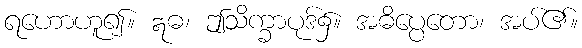
ရဟောဟူ၍။ ဣဓ၊ ဤသိက္ခာပုဒ်၌။ အဓိပ္ပေတော၊ အပ်၏။